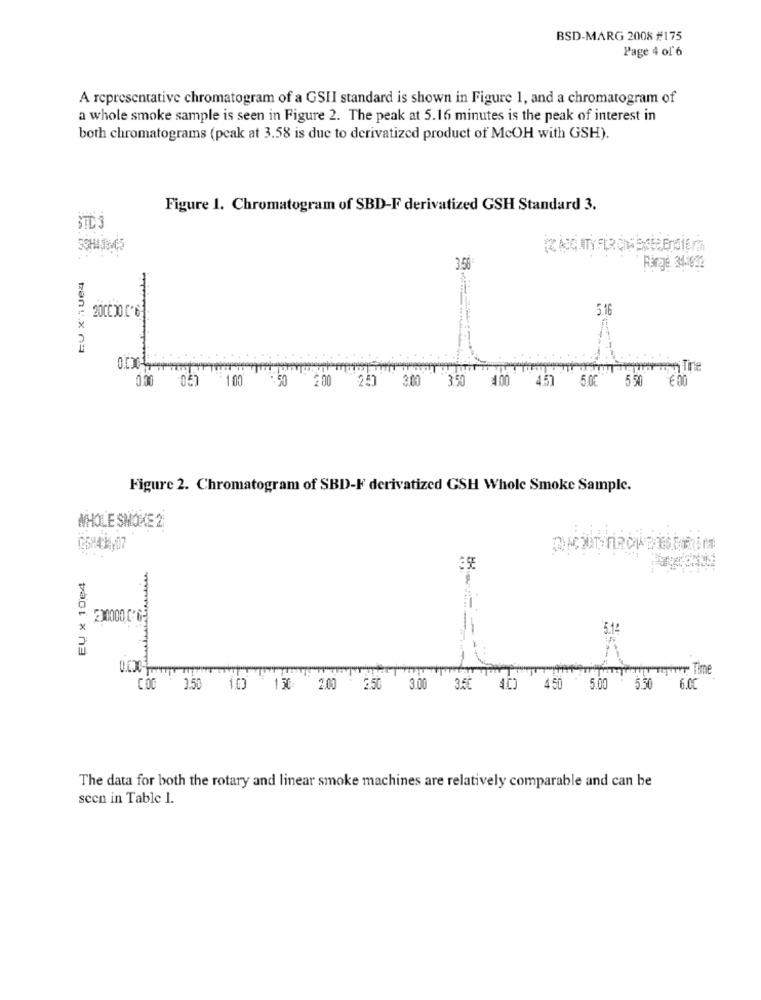
BSD-MARG 2008 #175
Page 4 of 6
A representative chromatogram of a GSII standard is shown in Figure 1, and a chromatogram of
a whole smoke sample is seen in Figure 2. The peak at 5.16 minutes is the peak of interest in
both chromatograms (pcak at 3.58 is due to derivatized product of McOH with GSH).
Figure 1. Chromatogram of SBD-F derivatized GSH Standard 3.
STD 3
SOHA1645
3.56
Ringe 31.1922
EU X hue4
2000 30.0'61
5.16
men Tre
0.30 057
1.00
: 50
200 250 3.00
3.50
400 4.51 5.00 550
€ 00
Figure 2. Chromatogram of SBD-F derivatized GSH Whole Smoke Sample.
WHOLE SMOKE 2
EU x 10e4
230000.06
r Time
COD 0.50 100 130 200 2.50 3.00 3.60 470 450 5.00 5.50 6.00
The data for both the rotary and linear smoke machines are relatively comparable and can be
scen in Table 1.